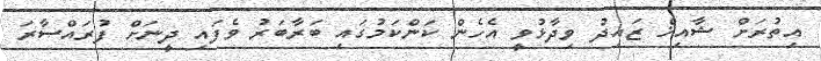
އިތުރަށް ޝާއިޚް ޒައިދު ވިދާޅުވީ އެހެން ކަންކަމުގައި ބަރާބަރު ވެފައި ދީނަށް ފުރައްސާރަ